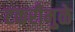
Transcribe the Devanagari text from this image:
टकरीमुळे